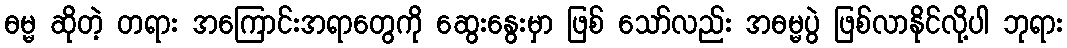
ဓမ္မ ဆိုတဲ့ တရား အကြောင်းအရာတွေကို ဆွေးနွေးမှာ ဖြစ် သော်လည်း အဓမ္မပွဲ ဖြစ်လာနိုင်လို့ပါ ဘုရား